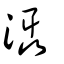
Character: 灄